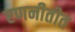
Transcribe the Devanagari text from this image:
रणनीतीत